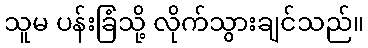
သူမ ပန်းခြံသို့ လိုက်သွားချင်သည်။